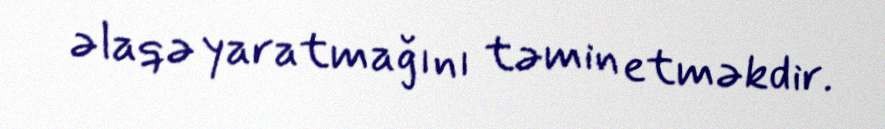
əlaqə yaratmağını təmin etməkdir.